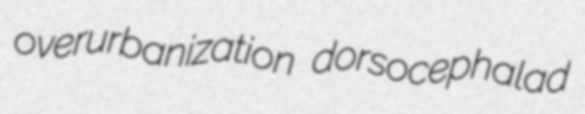
overurbanization dorsocephalad